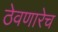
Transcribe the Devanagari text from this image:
ठेवणारेच